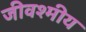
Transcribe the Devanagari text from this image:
जीवश्मीय